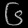
Digit: ၆